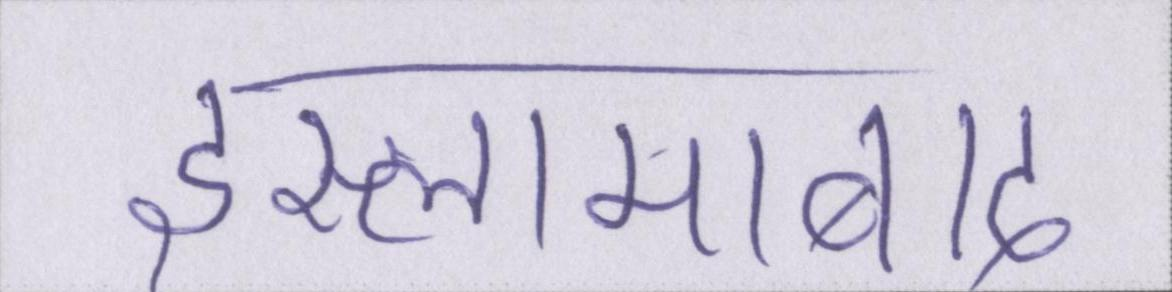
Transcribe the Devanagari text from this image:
इस्लामाबाद